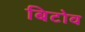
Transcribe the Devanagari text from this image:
बिटोव